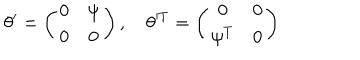
LaTeX: \theta ^ { \prime } = \left( \begin{matrix} { { 0 } } & { { \psi } } \\ { { 0 } } & { { 0 } } \\ \end{matrix} \right) , \quad \theta ^ { T } = \left( \begin{matrix} { { 0 } } & { { 0 } } \\ { { \psi ^ { T } } } & { { 0 } } \\ \end{matrix} \right)